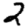
Digit: 2